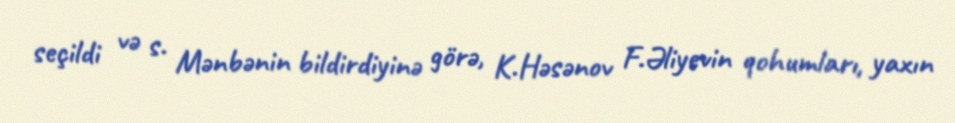
seçildi və s. Mənbənin bildirdiyinə görə, K.Həsənov F.Əliyevin qohumları, yaxın